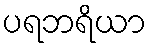
ပရဘရိယာ